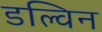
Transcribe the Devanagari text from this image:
डल्विन